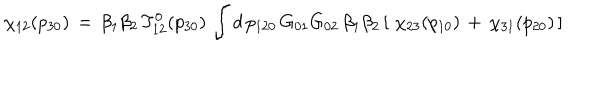
\chi _ { 1 2 } ( p _ { 3 0 } ) \, = \, \beta _ { 1 } \beta _ { 2 } \, T _ { 1 2 } ^ { 0 } ( p _ { 3 0 } ) \, \int d \, p _ { 1 2 0 } \, G _ { 0 1 } G _ { 0 2 } \, \beta _ { 1 } \beta _ { 2 } \, [ \, \, \chi _ { 2 3 } ( p _ { 1 0 } ) \, + \, \chi _ { 3 1 } ( p _ { 2 0 } ) \, ]